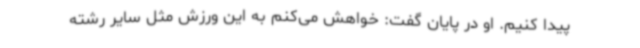
پیدا کنیم. او در پایان گفت: خواهش می‌کنم به این ورزش مثل سایر رشته